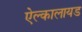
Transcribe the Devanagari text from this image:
ऐल्कालायड